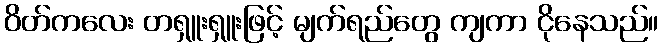
ဝိတ်ကလေး တရှူးရှူးဖြင့် မျက်ရည်တွေ ကျကာ ငိုနေသည်။